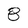
Character: 8